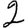
Digit: 2